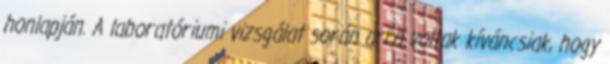
honlapján. A laboratóriumi vizsgálat során arra voltak kíváncsiak, hogy